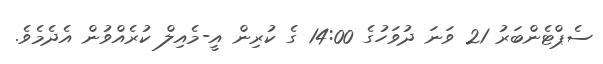
ސެޕްޓެންބަރު 21 ވަނަ ދުވަހުގެ 14:00 ގެ ކުރިން އީ-މެއިލް ކުރެއްވުން އެދެމެވެ.